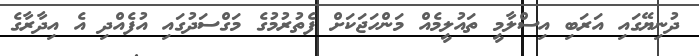
ދުނިޔޭގައި އަރަބި އިސްލާމީ ތައުލީމެއް މަންހަޖަކަށް ފެތުރުމުގެ މަގްސަދުގައި އުފެއްދި އެ އިދާރާގެ